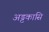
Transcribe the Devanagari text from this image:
अड्टकासि